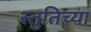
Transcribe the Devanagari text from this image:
स्तुतिच्या